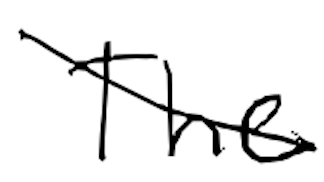
Text: The
Cross-out: diagonal
Writing tool: digital_black